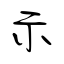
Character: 示